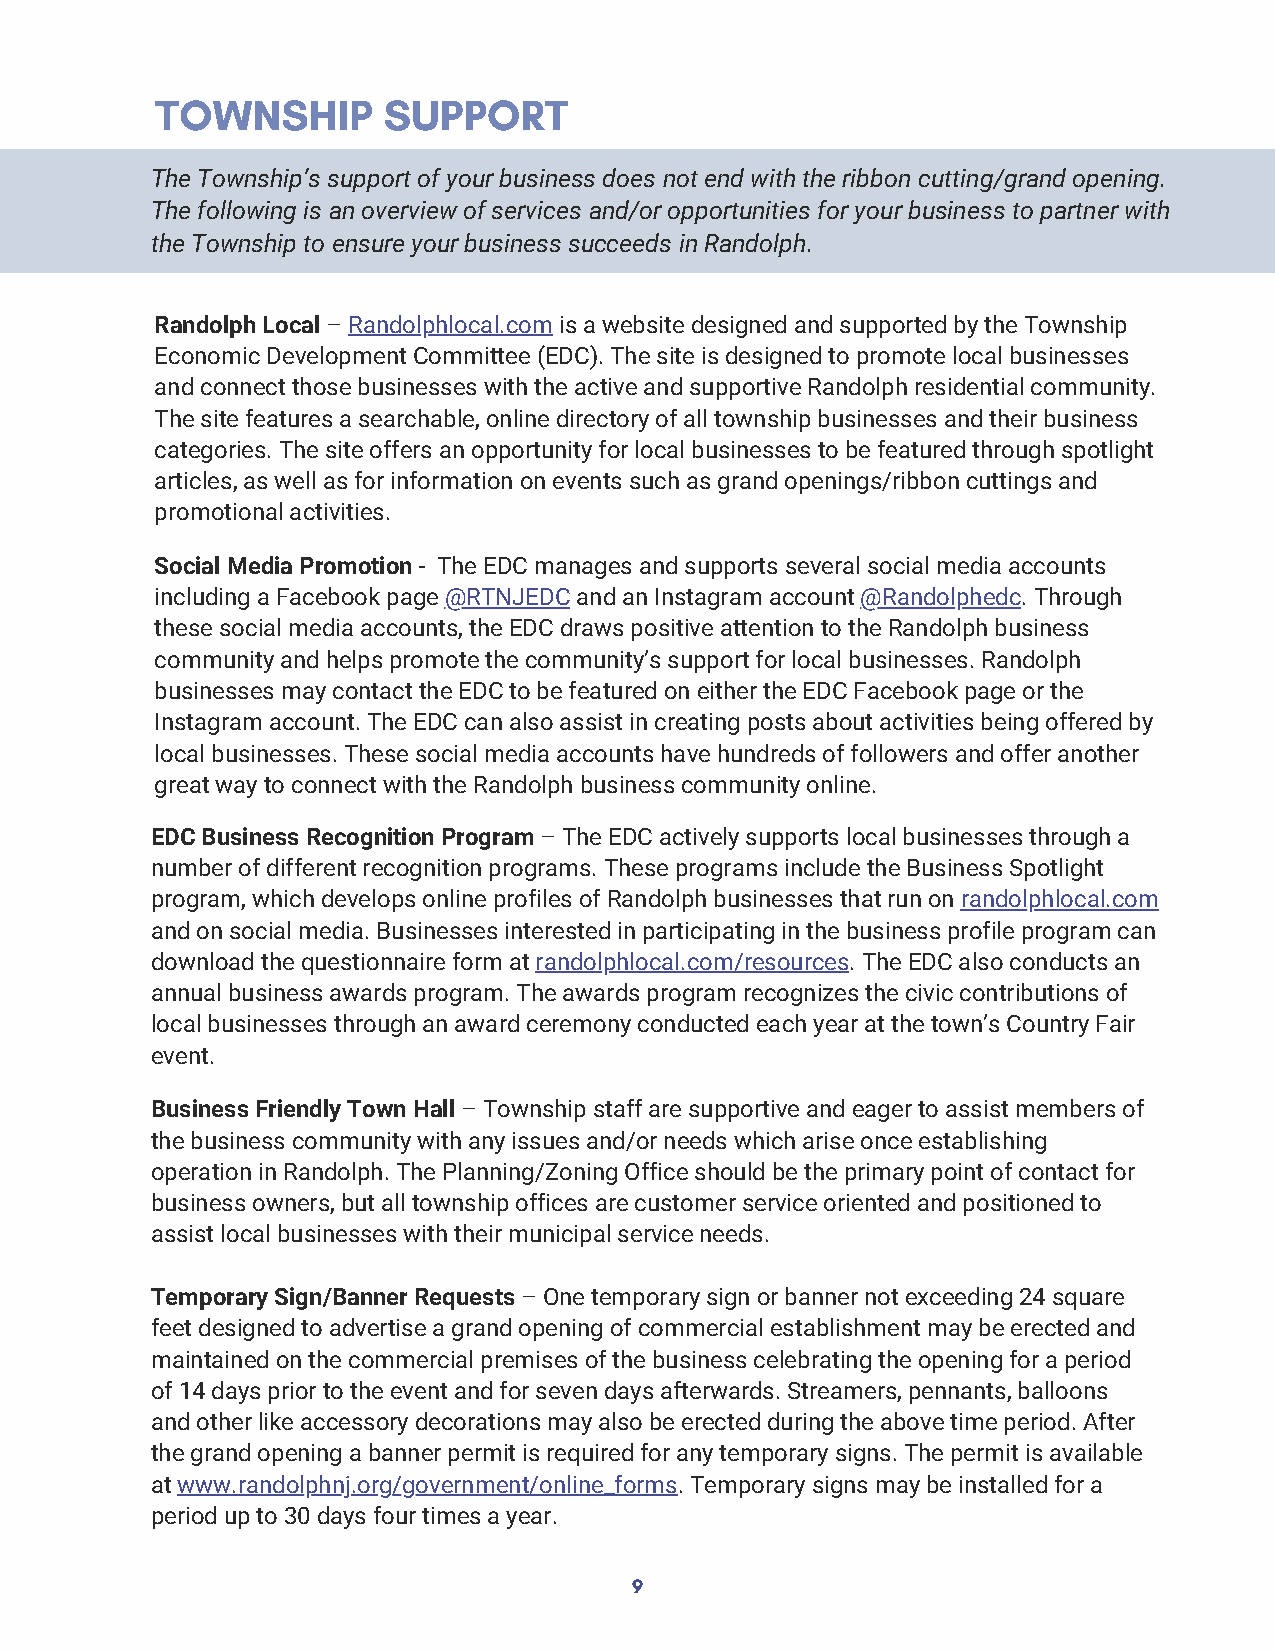
TOWNSHIP       SUPPORT
 The Township’s support of your business does not end with the ribbon cutting/grand opening.
 The following is an overview of services and/or opportunities for your business to partner with
 the Township to ensure your business succeeds in Randolph.
 Randolph Local – Randolphlocal.com is a website designed and supported by the Township
 Economic Development Committee (EDC). The site is designed to promote local businesses
 and connect those businesses with the active and supportive Randolph residential community.
 The site features a searchable, online directory of all township businesses and their business
 categories. The site offers an opportunity for local businesses to be featured through spotlight
 articles, as well as for information on events such as grand openings/ribbon cuttings and
 promotional activities.
 Social Media Promotion - The EDC manages and supports several social media accounts
 including a Facebook page @RTNJEDC and an Instagram account @Randolphedc. Through
 these social media accounts, the EDC draws positive attention to the Randolph business
 community and helps promote the community’s support for local businesses. Randolph
 businesses may contact the EDC to be featured on either the EDC Facebook page or the
 Instagram account. The EDC can also assist in creating posts about activities being offered by
 local businesses. These social media accounts have hundreds of followers and offer another
 great way to connect with the Randolph business community online.
 EDC Business Recognition Program – The EDC actively supports local businesses through a
 number of different recognition programs. These programs include the Business Spotlight
 program, which develops online profiles of Randolph businesses that run on randolphlocal.com
 and on social media. Businesses interested in participating in the business profile program can
 download the questionnaire form at randolphlocal.com/resources. The EDC also conducts an
 annual business awards program. The awards program recognizes the civic contributions of
 local businesses through an award ceremony conducted each year at the town’s Country Fair
 event.
 Business Friendly Town Hall – Township staff are supportive and eager to assist members of
 the business community with any issues and/or needs which arise once establishing
 operation in Randolph. The Planning/Zoning Office should be the primary point of contact for
 business owners, but all township offices are customer service oriented and positioned to
 assist local businesses with their municipal service needs.
 Temporary Sign/Banner Requests – One temporary sign or banner not exceeding 24 square
 feet designed to advertise a grand opening of commercial establishment may be erected and
 maintained on the commercial premises of the business celebrating the opening for a period
 of 14 days prior to the event and for seven days afterwards. Streamers, pennants, balloons
 and other like accessory decorations may also be erected during the above time period. After
 the grand opening a banner permit is required for any temporary signs. The permit is available
 at www.randolphnj.org/government/online_forms. Temporary signs may be installed for a
 period up to 30 days four times a year.
 9